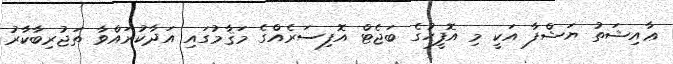
ޢާއިޝަތު ޔަޝްފާ އަކީ މި އޮފީހުގެ ބަޖެޓް އޮފިސަރެއްގެ މަޤާމުގައި އަދާކުރައްވާ ތަޖުރިބާކާރު